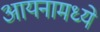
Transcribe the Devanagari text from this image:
आयनामध्ये